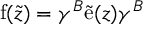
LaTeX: \mathrm { f } ( \tilde { z } ) = \gamma ^ { B } \tilde { \mathrm { e } } ( z ) \gamma ^ { B }